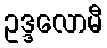
ဥဒ္ဒလောမီ